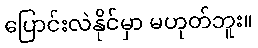
ပြောင်းလဲနိုင်မှာ မဟုတ်ဘူး။